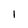
Character: l